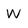
Character: w